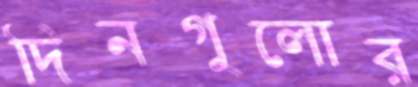
দিনগুলোর